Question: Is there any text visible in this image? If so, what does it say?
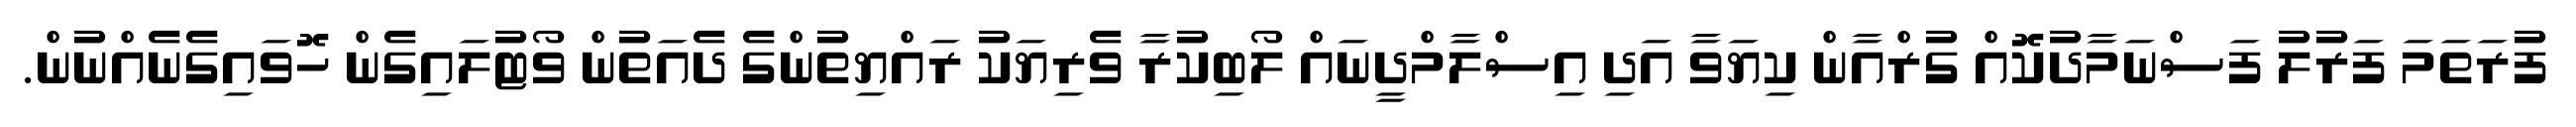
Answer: ފުރަތަމަ ފަރުލު ފަސްނަމާދުކޮއް ގުރްއާން ކިޔަވާ އަދި އިސްލާމްދީނައް ލޯބިކުރާ ވެރިޔަކު ރައްޔިތުންގެ ދެއަތުން ވޯޓުލައިގެން ހޮވައިގެނެއްނުން.